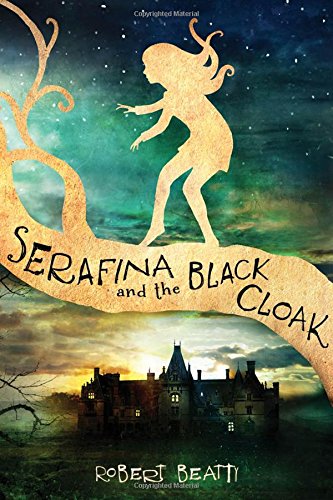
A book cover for Serafina and the Black Cloak; Robert Beatty; Children's Books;